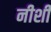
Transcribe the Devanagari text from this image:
नीशी